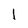
Character: I